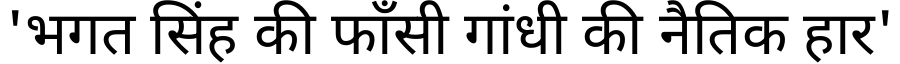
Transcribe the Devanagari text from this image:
'भगत सिंह की फाँसी गांधी की नैतिक हार'